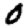
Digit: 0